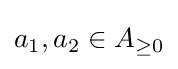
a_{1},a_{2}\in A_{\geq 0}